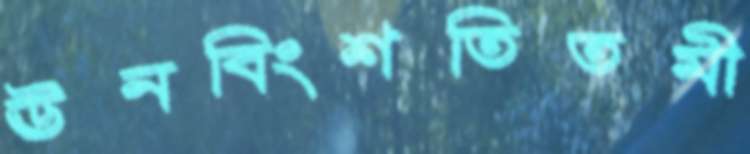
ঊনবিংশতিতমী